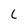
Character: l